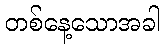
တစ်နေ့သောအခါ